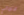
الالماني